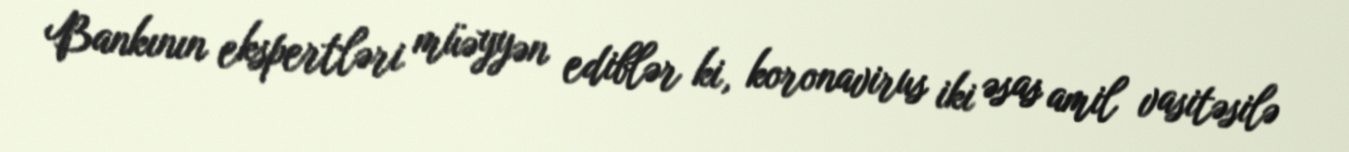
Bankının ekspertləri müəyyən ediblər ki, koronavirus iki əsas amil vasitəsilə